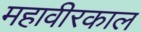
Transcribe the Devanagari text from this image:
महावीरकाल